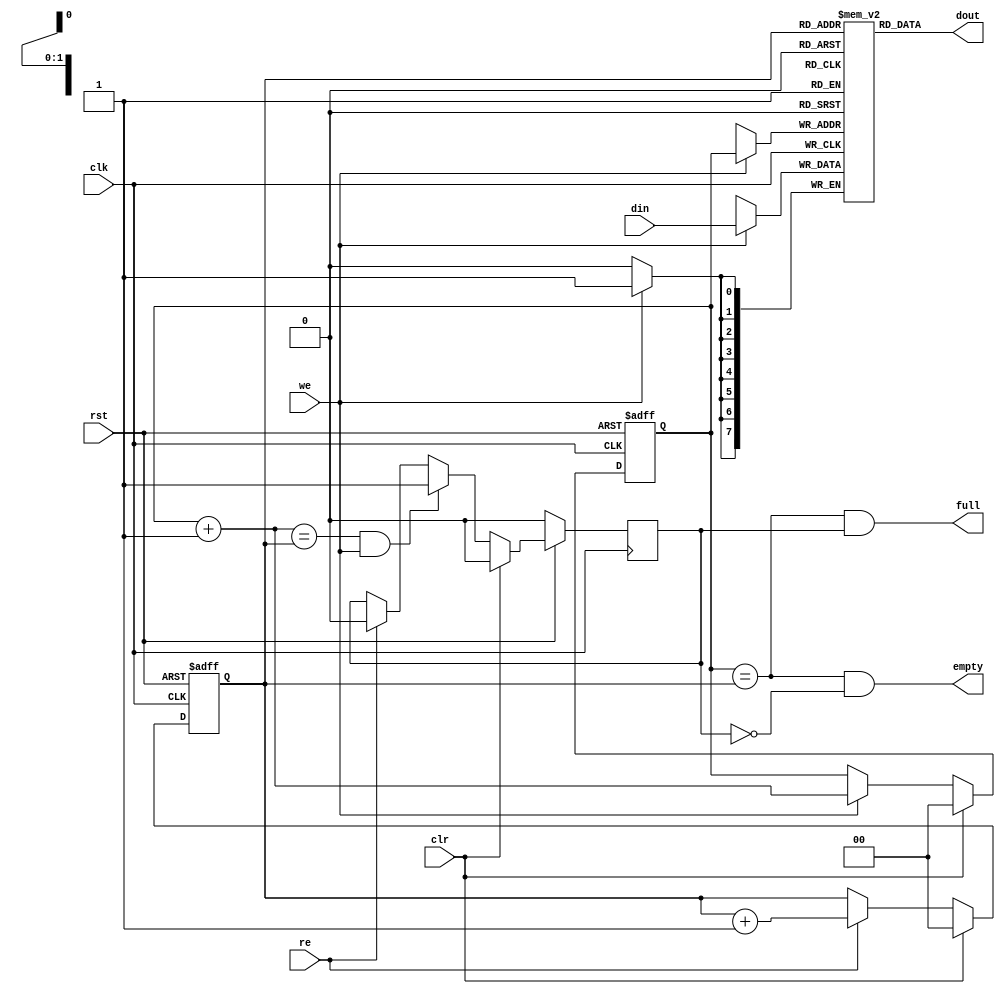
module fifo4(clk, rst, clr,  din, we, dout, re, full, empty);

parameter dw = 8;

input             clk, rst;
input             clr;
input   [dw:1]    din;
input             we;
output  [dw:1]    dout;
input             re;
output            full, empty;


////////////////////////////////////////////////////////////////////
//
// Local Wires
//

reg     [dw:1]  mem[0:3];
reg     [1:0]   wp;
reg     [1:0]   rp;
wire    [1:0]   wp_p1;
wire    [1:0]   wp_p2;
wire    [1:0]   rp_p1;
wire            full, empty;
reg             gb;

////////////////////////////////////////////////////////////////////
//
// Misc Logic
//

always @(posedge clk or negedge rst)
    if(!rst)    wp <= 2'h0;
    else
    if(clr)     wp <= 2'h0;
    else
    if(we)      wp <= wp_p1;

assign wp_p1 = wp + 2'h1;
assign wp_p2 = wp + 2'h2;

always @(posedge clk or negedge rst)
    if(!rst)    rp <= 2'h0;
    else
    if(clr)     rp <= 2'h0;
    else
    if(re)      rp <= rp_p1;

assign rp_p1 = rp + 2'h1;

// Fifo Output
assign  dout = mem[ rp ];

// Fifo Input
always @(posedge clk)
    if(we)    mem[ wp ] <=  din;

// Status
assign empty = (wp == rp) & !gb;
assign full  = (wp == rp) &  gb;

// Guard Bit ...
always @(posedge clk)
    if(!rst)               gb <= 1'b0;
    else
    if(clr)                gb <= 1'b0;
    else
    if((wp_p1 == rp) & we) gb <= 1'b1;
    else
    if(re)                 gb <= 1'b0;

endmodule